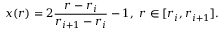
x ( r ) = 2 \frac { r - r _ { i } } { r _ { i + 1 } - r _ { i } } - 1 , \ r \in [ r _ { i } , r _ { i + 1 } ] .